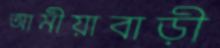
আমীয়াবাড়ী